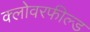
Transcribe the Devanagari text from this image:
क्लोवरफील्ड